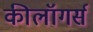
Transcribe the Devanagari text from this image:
कीलॉगर्स